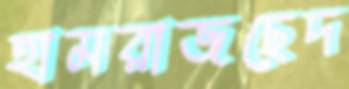
হামরাজছেদ